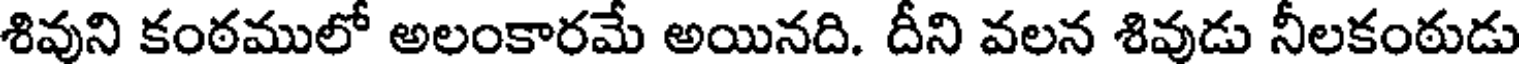
శివుని కంఠములో అలంకారమే అయినది. దీని వలన శివుడు నీలకంఠుడు